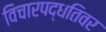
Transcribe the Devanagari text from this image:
विचारपद्धतिवर